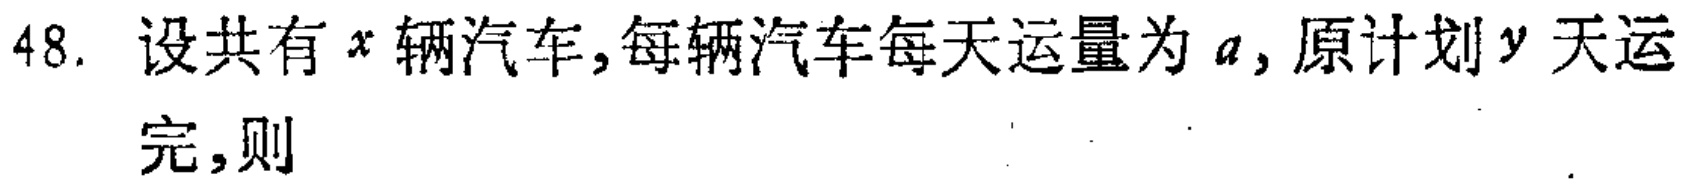
48. 设共有\(x\)辆汽车, 每辆汽车每天运量为\(a\), 原计划\(y\)天运完, 则